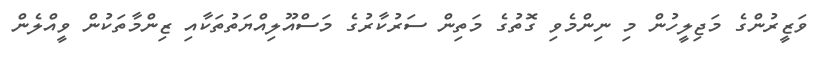
ވަޒީރުންގެ މަޖިލީހުން މި ނިންމެވި ގޮތުގެ މަތިން ސަރުކާރުގެ މަސްއޫލިއްޔަތުތަކާއި ޒިންމާތަކުން ވީއްލެން